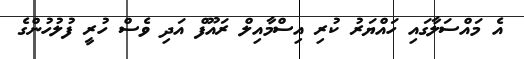
އެ މައްސަލާގައި ހައްޔަރު ކުރި އިސްމާއިލް ރައޫފް އަދި ވެސް ހުރީ ފުލުހުންގެ